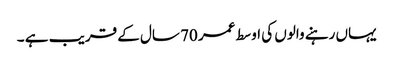
یہاں رہنے والوں کی اوسط عمر 70 سال کے قریب ہے ۔